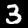
Digit: 3